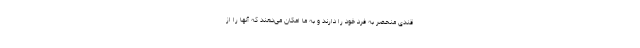
قندی منحصر به فرد خود را دارند و به ما امکان می‌دهند که آنها را از